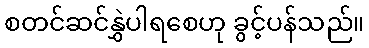
စတင်ဆင်နွှဲပါရစေဟု ခွင့်ပန်သည်။